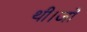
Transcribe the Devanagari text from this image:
थी।जो